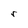
Character: r